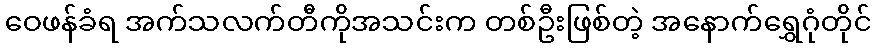
ဝေဖန်ခံရ အက်သလက်တီကိုအသင်းက တစ်ဦးဖြစ်တဲ့ အနောက်ရွှေဂုံတိုင်